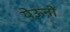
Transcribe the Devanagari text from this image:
येऊनी